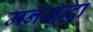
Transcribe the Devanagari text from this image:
मनसुद्धा